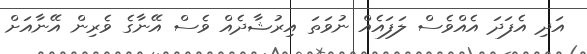
އަދި އެފަދަ އެއްވެސް ލަފައެއް ނުވަތަ އިރުޝާދެއް ވެސް އޭނާގެ ވެރިން އޭނާއަށް